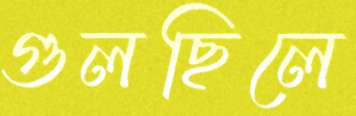
গুলছিলে